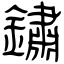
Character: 鏽